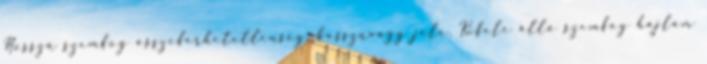
Hosszú szemfog összeférhetetlenség, bosszúvágy jele. Kifele álló szemfog hajlam